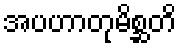
အပဟာတုမိစ္ဆတိ